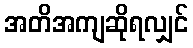
အတိအကျဆိုရလျှင်